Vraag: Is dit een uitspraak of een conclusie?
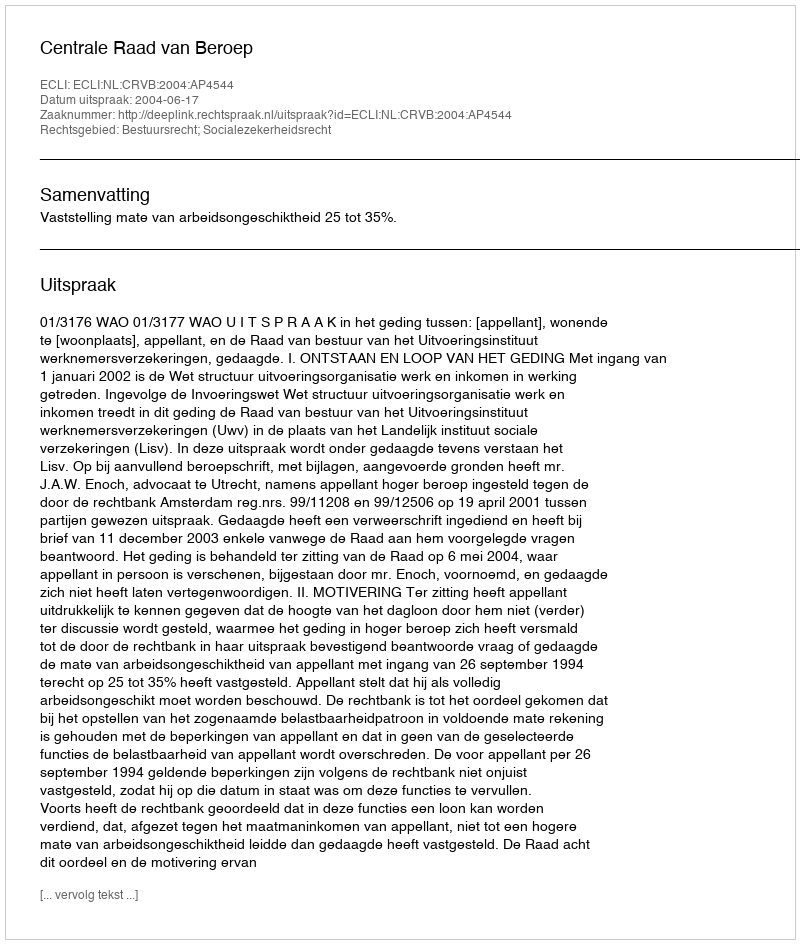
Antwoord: Uitspraak